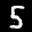
Label: 5